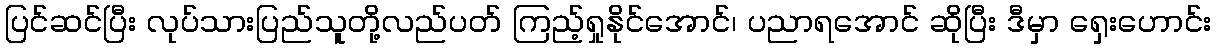
ပြင်ဆင်ပြီး လုပ်သားပြည်သူတို့လည်ပတ် ကြည့်ရှုနိုင်အောင်၊ ပညာရအောင် ဆိုပြီး ဒီမှာ ရှေးဟောင်း